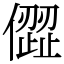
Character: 㒊